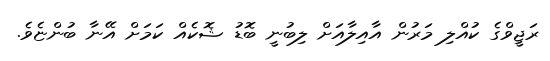
ރަޖީވްގެ ކުއްލި މަރުން އާއިލާއަށް ލިބުނީ ބޮޑު ޝޮކެއް ކަމަށް އޭނާ ބުންޏެވެ.